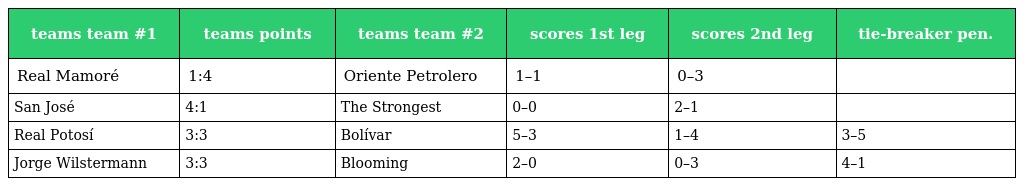
| teams team #1 | teams points | teams team #2 | scores 1st leg | scores 2nd leg | tie-breaker pen. |
 | --- | --- | --- | --- | --- | --- |
 | Real Mamoré | 1:4 | Oriente Petrolero | 1–1 | 0–3 |  |
 | San José | 4:1 | The Strongest | 0–0 | 2–1 |  |
 | Real Potosí | 3:3 | Bolívar | 5–3 | 1–4 | 3–5 |
 | Jorge Wilstermann | 3:3 | Blooming | 2–0 | 0–3 | 4–1 |